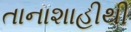
તાનાશાહીથી